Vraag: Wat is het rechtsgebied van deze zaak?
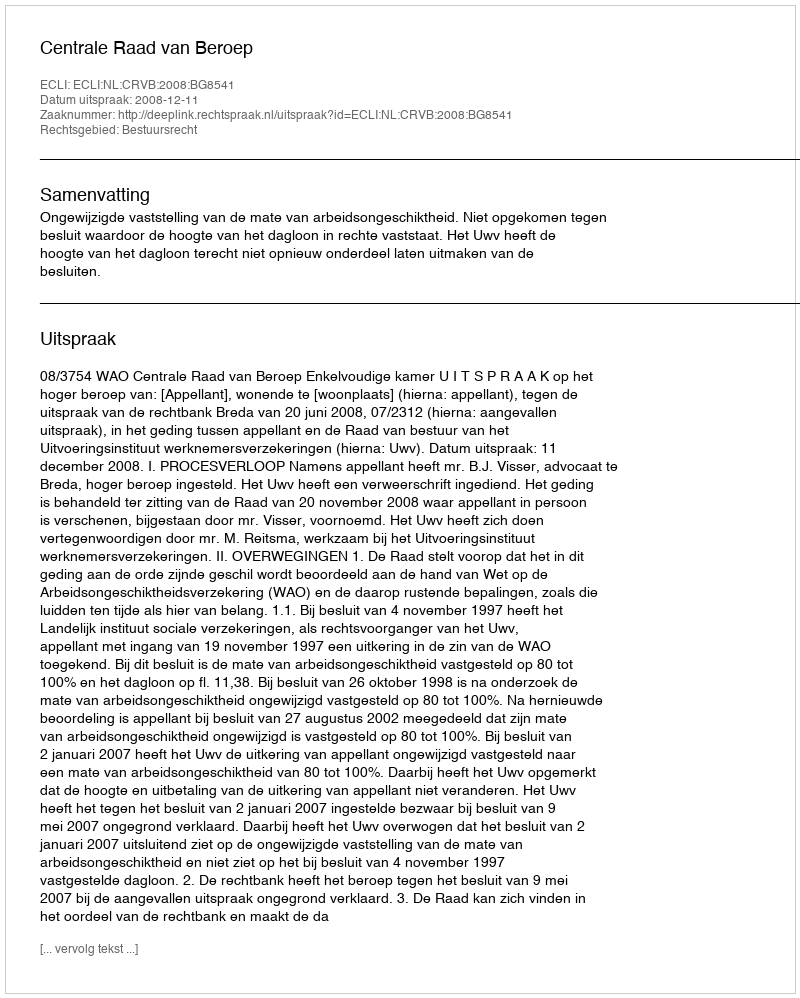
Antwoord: Bestuursrecht